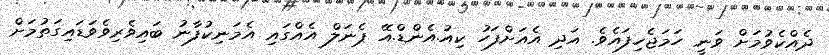
ދެއްކެވުމަށް ވަނީ ހަމަޖެހިފައެވެ. އަދި އެއަށްފަހު ކިއު.އެންޑް.އޭ ޕެނަލް އެއްގައި އެމަނިކުފާނު ބައިވެރިވެވަޑައިގަތުމަށް